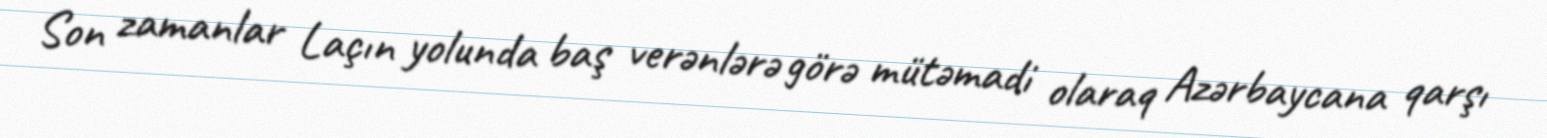
Son zamanlar Laçın yolunda baş verənlərə görə mütəmadi olaraq Azərbaycana qarşı